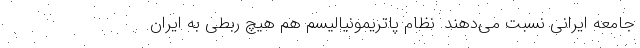
جامعه ایرانی نسبت می‌دهند. نظام پاتریمونیالیسم هم هیچ ربطی به ایران